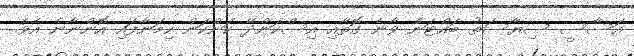
އަސާސީ ސިޔާސަތު ބައްޓަން ވާނެ ގޮތާއި އިސްކަންދޭ ކަންކަން ހިމަނާފައި އޮންނާނެ އެވެ.